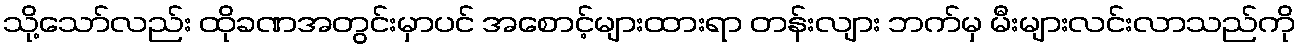
သို့သော်လည်း ထိုခဏအတွင်းမှာပင် အစောင့်များထားရာ တန်းလျား ဘက်မှ မီးများလင်းလာသည်ကို